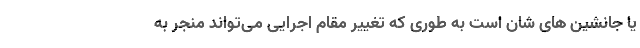
یا جانشین های شان است به طوری که تغییر مقام اجرایی می‌تواند منجر به